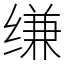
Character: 缣